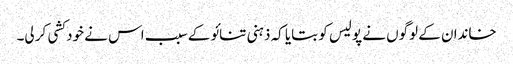
خاندان کے لوگوں نے پولیس کو بتایا کہ ذہنی تنائو کے سبب اس نے خود کشی کر لی۔